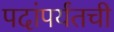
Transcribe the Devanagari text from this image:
पदांपर्यंतची